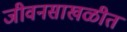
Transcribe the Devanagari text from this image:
जीवनसाखळीत